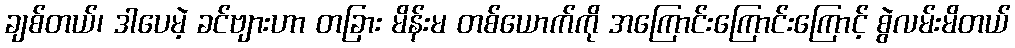
ချစ်တယ်၊ ဒါပေမဲ့ ခင်ဗျားဟာ တခြား မိန်းမ တစ်ယောက်ကို အကြောင်းကြောင်းကြောင့် စွဲလမ်းမိတယ်